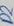
Text: D2